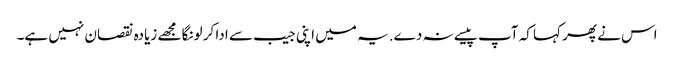
اس نے پھر کہا کہ آپ پیسے نہ دے. یہ میں اپنی جیب سے ادا کر لونگا مجھے زیادہ نقصان نہیں ہے۔